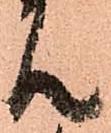
ん